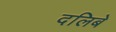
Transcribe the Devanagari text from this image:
दलिबे